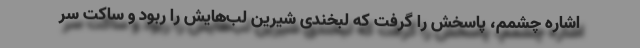
اشاره چشمم، پاسخش را گرفت که لبخندی شیرین لب‌هایش را ربود و ساکت سر